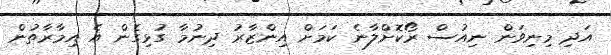
އަދި މިނިވަން ނިއުސް ރޯކޮށްލާނެ ކަމަށް އިންޒާރު ދިނުމާ ގުޅިގެން އެ އިމާރާތުން